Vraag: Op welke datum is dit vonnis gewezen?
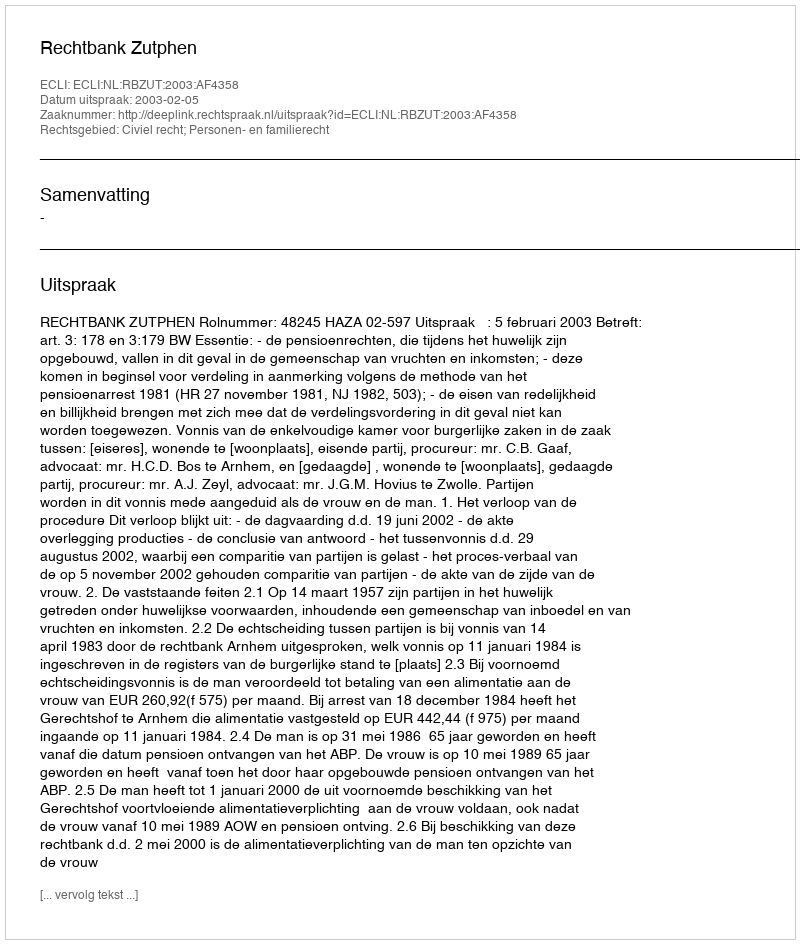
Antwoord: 2003-02-05